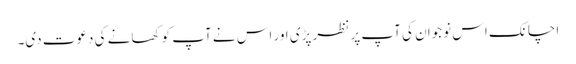
اچانک اس نوجوان کی آپ پر نظر پڑی اور اس نے آپ کو کھانے کی دعوت دی۔